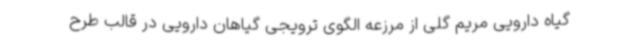
گیاه دارویی مریم گلی از مرزعه الگوی ترویجی گیاهان دارویی در قالب طرح